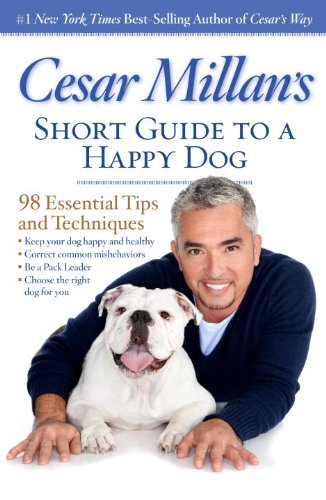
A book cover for Cesar Millan's Short Guide to a Happy Dog: 98 Essential Tips and Techniques; Cesar Millan; Crafts, Hobbies & Home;